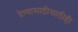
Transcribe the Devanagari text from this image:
देण्यासाठीसाठीही